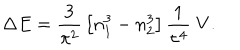
\Delta E = { \frac { 3 } { \pi ^ { 2 } } } \left[ n _ { 1 } ^ { 3 } - n _ { 2 } ^ { 3 } \right] { \frac { 1 } { \tau ^ { 4 } } } \; V .